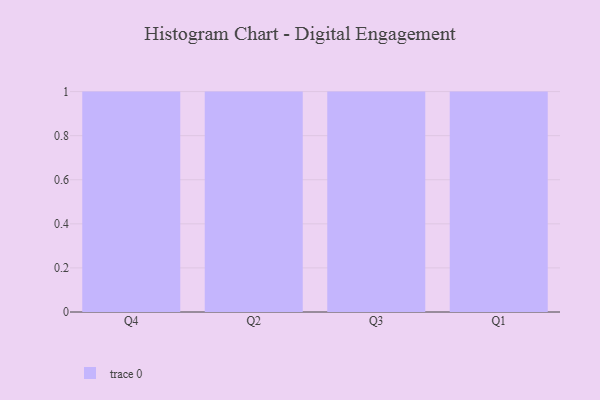
{"axis": {"x": "Quarter", "y": "Waste Production (Tons)"}, "legend": [""], "data": [{"x": "Q4", "y": 44, "type": ""}, {"x": "Q2", "y": 15, "type": ""}, {"x": "Q3", "y": 90, "type": ""}, {"x": "Q1", "y": 60, "type": ""}]}